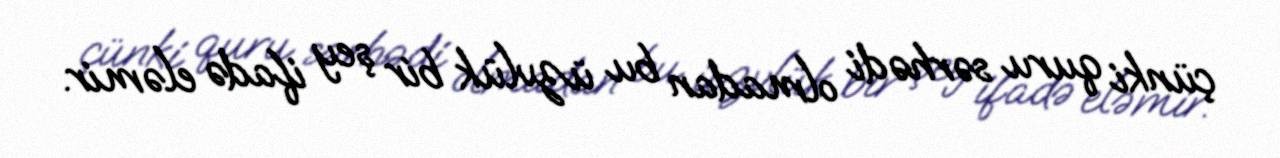
çünki quru sərhədi olmadan bu üzvlük bir şey ifadə eləmir.